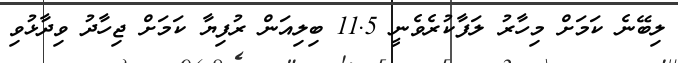
ލިބޭނެ ކަމަށް މިހާރު ލަފާކުރެވެނީ 11.5 ބިލިއަން ރުފިޔާ ކަމަށް ޖިހާދު ވިދާޅުވި